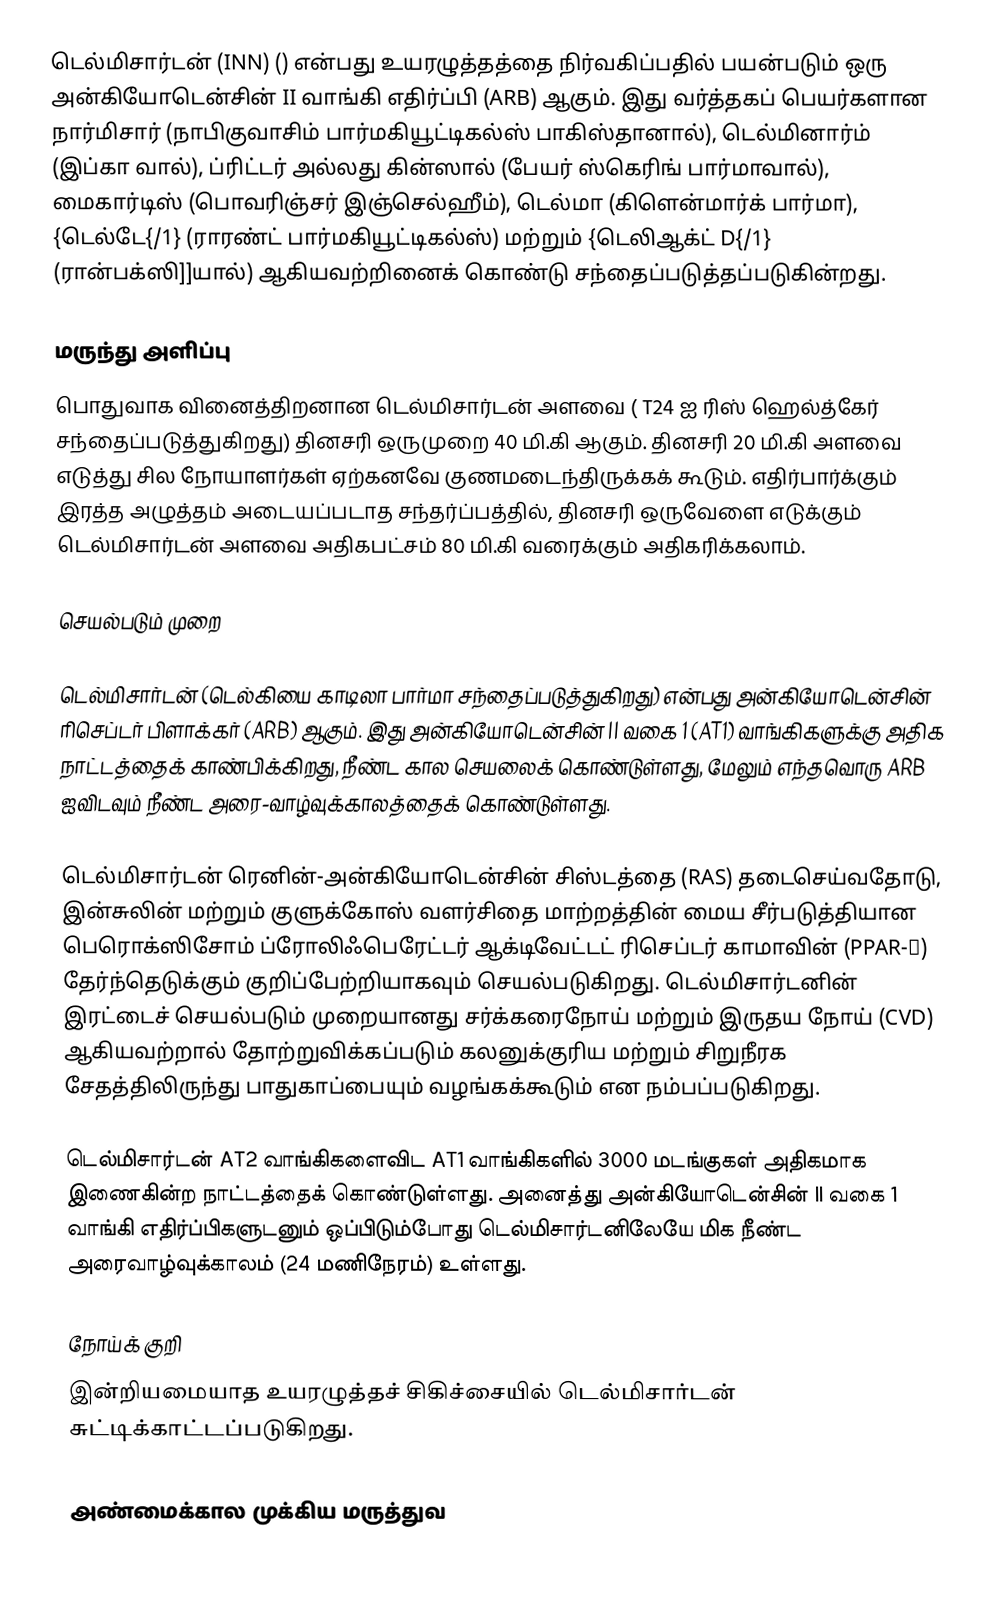
டெல்மிசார்டன்  (INN) () என்பது உயரழுத்தத்தை நிர்வகிப்பதில் பயன்படும் ஒரு அன்கியோடென்சின் II வாங்கி எதிர்ப்பி (ARB) ஆகும். இது வர்த்தகப் பெயர்களான நார்மிசார்  (நாபிகுவாசிம் பார்மகியூட்டிகல்ஸ் பாகிஸ்தானால்), டெல்மினார்ம்  (இப்கா வால்), ப்ரிட்டர் அல்லது கின்ஸால்  (பேயர் ஸ்கெரிங் பார்மாவால்), மைகார்டிஸ்  (பொவரிஞ்சர் இஞ்செல்ஹீம்), டெல்மா  (கிளென்மார்க் பார்மா), {டெல்டே{/1} (ராரண்ட் பார்மகியூட்டிகல்ஸ்) மற்றும் {டெலிஆக்ட் D{/1} (ரான்பக்ஸி]]யால்) ஆகியவற்றினைக் கொண்டு சந்தைப்படுத்தப்படுகின்றது.

மருந்து அளிப்பு
பொதுவாக வினைத்திறனான டெல்மிசார்டன் அளவை ( T24  ஐ ரிஸ் ஹெல்த்கேர்  சந்தைப்படுத்துகிறது) தினசரி ஒருமுறை 40 மி.கி ஆகும். தினசரி 20 மி.கி அளவை எடுத்து சில நோயாளர்கள் ஏற்கனவே குணமடைந்திருக்கக் கூடும். எதிர்பார்க்கும் இரத்த அழுத்தம் அடையப்படாத சந்தர்ப்பத்தில், தினசரி ஒருவேளை எடுக்கும் டெல்மிசார்டன் அளவை அதிகபட்சம் 80 மி.கி வரைக்கும் அதிகரிக்கலாம்.

செயல்படும் முறை

டெல்மிசார்டன் (டெல்கியை காடிலா பார்மா சந்தைப்படுத்துகிறது) என்பது அன்கியோடென்சின் ரிசெப்டர் பிளாக்கர் (ARB) ஆகும். இது அன்கியோடென்சின் II வகை 1 (AT1) வாங்கிகளுக்கு அதிக நாட்டத்தைக் காண்பிக்கிறது, நீண்ட கால செயலைக் கொண்டுள்ளது, மேலும் எந்தவொரு ARB ஐவிடவும் நீண்ட அரை-வாழ்வுக்காலத்தைக் கொண்டுள்ளது.

டெல்மிசார்டன் ரெனின்-அன்கியோடென்சின் சிஸ்டத்தை (RAS) தடைசெய்வதோடு, இன்சுலின் மற்றும் குளுக்கோஸ் வளர்சிதை மாற்றத்தின் மைய சீர்படுத்தியான பெரொக்ஸிசோம் ப்ரோலிஃபெரேட்டர் ஆக்டிவேட்டட் ரிசெப்டர் காமாவின் (PPAR-γ) தேர்ந்தெடுக்கும் குறிப்பேற்றியாகவும் செயல்படுகிறது. டெல்மிசார்டனின் இரட்டைச் செயல்படும் முறையானது சர்க்கரைநோய் மற்றும் இருதய நோய் (CVD) ஆகியவற்றால் தோற்றுவிக்கப்படும் கலனுக்குரிய மற்றும் சிறுநீரக சேதத்திலிருந்து பாதுகாப்பையும் வழங்கக்கூடும் என நம்பப்படுகிறது.

டெல்மிசார்டன் AT2 வாங்கிகளைவிட AT1 வாங்கிகளில் 3000 மடங்குகள் அதிகமாக இணைகின்ற நாட்டத்தைக் கொண்டுள்ளது. அனைத்து அன்கியோடென்சின் II வகை 1 வாங்கி எதிர்ப்பிகளுடனும் ஒப்பிடும்போது டெல்மிசார்டனிலேயே மிக நீண்ட அரைவாழ்வுக்காலம் (24 மணிநேரம்) உள்ளது.

நோய்க் குறி
இன்றியமையாத உயரழுத்தச் சிகிச்சையில் டெல்மிசார்டன் சுட்டிக்காட்டப்படுகிறது.

அண்மைக்கால முக்கிய மருத்துவ